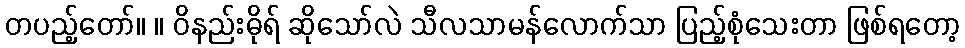
တပည့်တော်။ ။ ဝိနည်းဓိုရ် ဆိုသော်လဲ သီလသာမန်လောက်သာ ပြည့်စုံသေးတာ ဖြစ်ရတော့